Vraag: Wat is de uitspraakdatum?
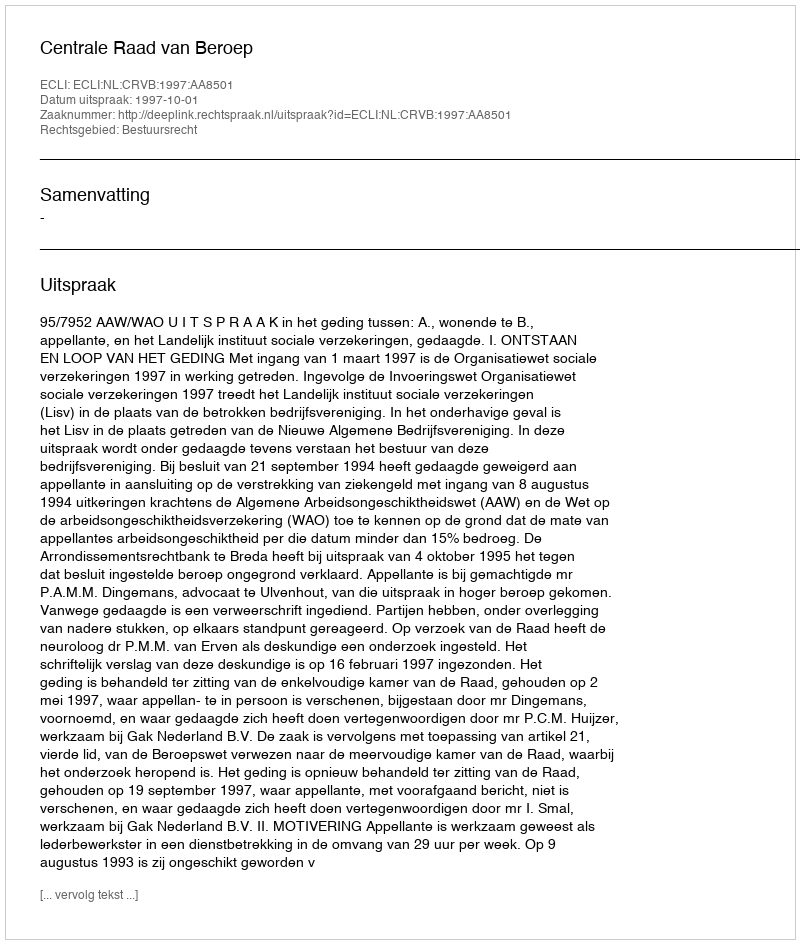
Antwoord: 1997-10-01